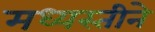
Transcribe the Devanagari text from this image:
मध्यस्तीने